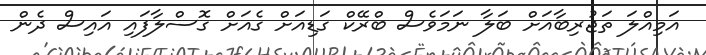
އަމިއްލަ ތަޖުރިބާއަށް ބަލާ ނަމަވެސް ބްރޭކް ގަޑިއަށް ގެއަށް ގޮސްލާފައި އައިސް ދެން